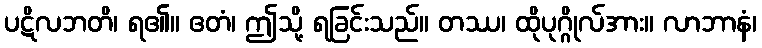
ပဋိလဘတိ၊ ရ၏။ ဧတံ၊ ဤသို့ ရခြင်းသည်။ တဿ၊ ထိုပုဂ္ဂိုလ်အား။ လာဘာနံ၊